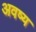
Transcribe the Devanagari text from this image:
अवष्य